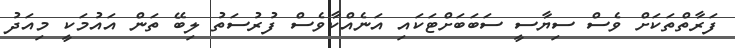
ފަރާތްތަކަށް ވެސް ސިޔާސީ ސަބަބަށްޓަކައި އަނެއްކާވެސް ފުރުސަތު ލިބޭ ތަން އައުމަކީ މިއަދު